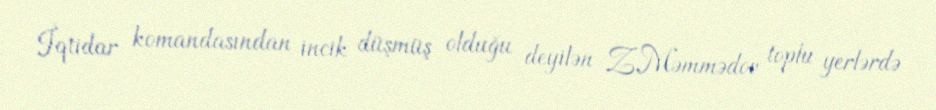
İqtidar komandasından incik düşmüş olduğu deyilən Z.Məmmədov toplu yerlərdə